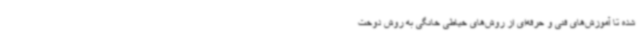
شده تا آموزش‌های فنی و حرفه‌ای از روش‌های خیاطی خانگی به روش دوخت